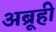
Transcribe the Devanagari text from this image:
अब्रूही